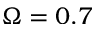
\Omega = 0 . 7